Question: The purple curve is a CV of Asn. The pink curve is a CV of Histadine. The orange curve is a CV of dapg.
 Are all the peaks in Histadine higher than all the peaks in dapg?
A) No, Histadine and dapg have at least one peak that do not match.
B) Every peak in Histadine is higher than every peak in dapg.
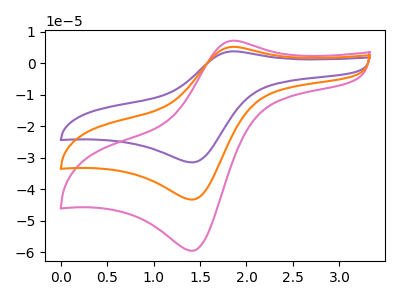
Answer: <think>The purple curve "Asn" has an anodic peak at (1.85V, 10.45uA) and a cathodic peak at (1.45V, -86.55uA). The pink curve "Histadine" has an anodic peak at (1.85V, 7.20uA) and a cathodic peak at (1.45V, -59.55uA). The orange curve "dapg" has an anodic peak at (1.85V, 5.25uA) and a cathodic peak at (1.45V, -43.25uA).</think>
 <answer>B) Every peak in "Histadine" is higher than every peak in "dapg".</answer>
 <eval>B</eval>